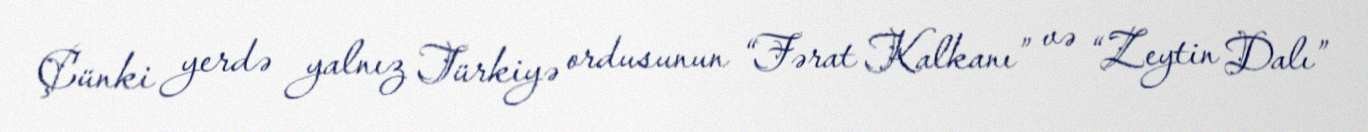
Çünki yerdə yalnız Türkiyə ordusunun “Fərat Kalkanı” və “Zeytin Dalı”